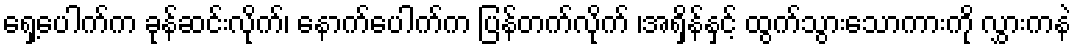
ရှေ့ပေါက်က ခုန်ဆင်းလိုက်၊ နောက်ပေါက်က ပြန်တက်လိုက် ၊အရှိန်နှင့် ထွက်သွားသောကားကို လွှားကနဲ